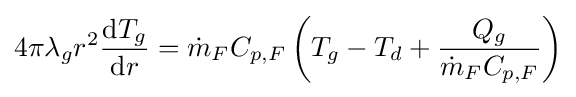
4\pi \lambda _{g}r^{2}{\frac {\mathrm {d} T_{g}}{\mathrm {d} r}}={\dot {m}}_{F}C_{p,F}\left(T_{g}-T_{d}+{\frac {Q_{g}}{{\dot {m}}_{F}C_{p,F}}}\right)